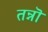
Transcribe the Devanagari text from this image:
तन्नॊ